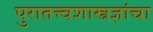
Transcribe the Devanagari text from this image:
पुरातत्त्वशास्त्रज्ञांचा